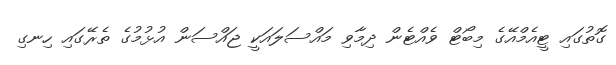
ގޮތުގައި ޓީއެމްއޭގެ މިބޯޓް ވެއްޓެން ދިމާވި މައްސަލައަކީ ޖައްސަން އުޅުމުގެ ތެރޭގައި ހިނގި